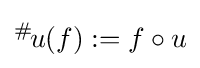
{}^{\#\!}u(f):=f\circ u